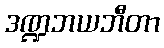
ဒဏ္ဍဘယဘီတာ